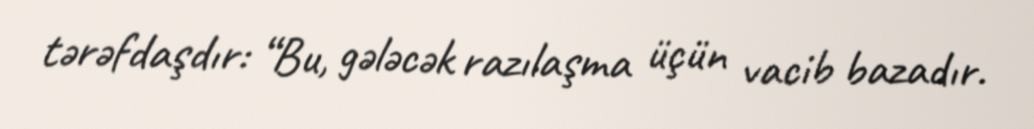
tərəfdaşdır: “Bu, gələcək razılaşma üçün vacib bazadır.